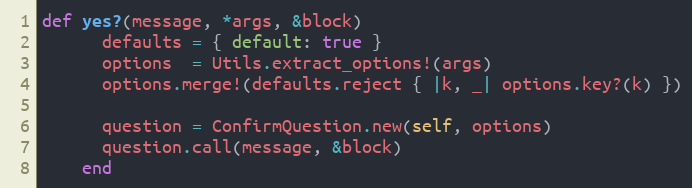
Language: Ruby
def yes?(message, *args, &block)
      defaults = { default: true }
      options  = Utils.extract_options!(args)
      options.merge!(defaults.reject { |k, _| options.key?(k) })

      question = ConfirmQuestion.new(self, options)
      question.call(message, &block)
    end